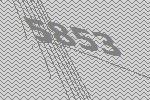
5853